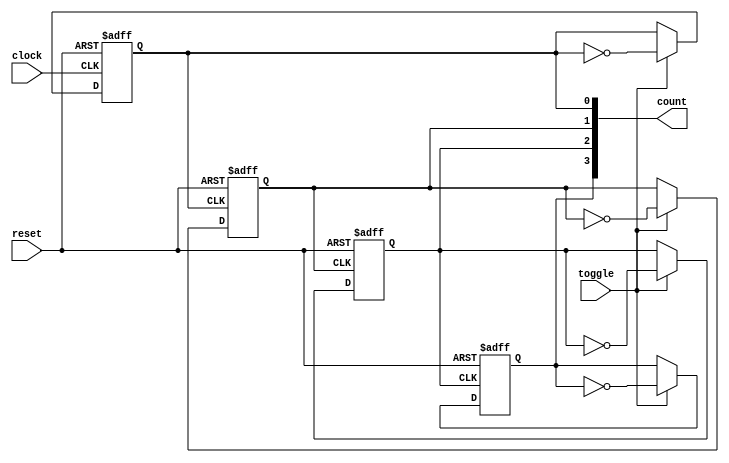
module ripple_counter (count, toggle, clock, reset,);   
  output 		[3: 0] 	count;
  input 			toggle, clock, reset; 
  reg		[3: 0] 	count;
  wire 			c0, c1, c2;

  assign c0 = count[0];
  assign c1 = count[1];
  assign c2 = count[2];
 
  always @  (posedge reset or posedge clock)
    if (reset == 1'b1) count[0] <= 1'b0; else 
      if (toggle == 1'b1) count[0] <= ~count[0];

  always @  (posedge reset or negedge c0)
    if (reset == 1'b1) count[1] <= 1'b0; else 
      if (toggle == 1'b1) count[1] <= ~count[1];

  always @  (posedge reset or negedge c1)
    if (reset == 1'b1) count[2] <= 1'b0; else 
      if (toggle == 1'b1) count[2] <= ~count[2];

  always @  (posedge reset or negedge c2)
    if (reset == 1'b1) count[3] <= 1'b0; else 
      if (toggle == 1'b1) count[3] <= ~count[3];
endmodule